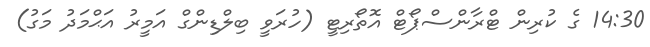
14:30 ގެ ކުރިން ޓްރާންސްޕޯޓް އޮތޯރިޓީ (ހުރަވީ ބިލްޑިންގް އަމީރު އަޙްމަދު މަގު)